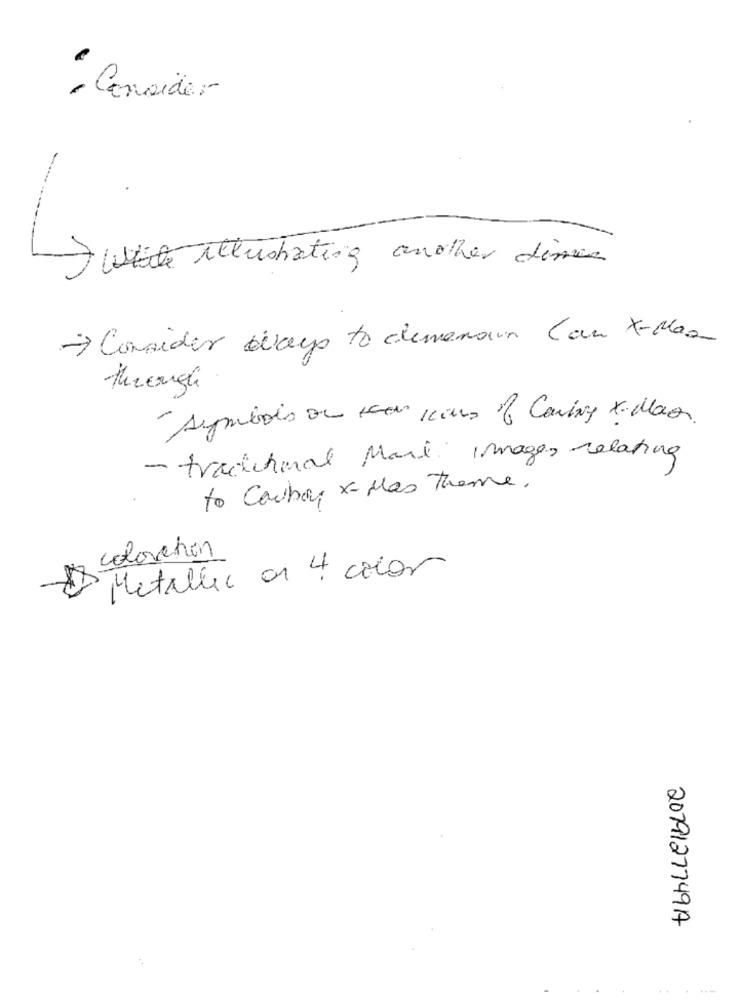
- Consider
Withushating another dime
> Consider days to dimension Can X-Mas
through
-symbols on voor kans of Caring x- Mao.
- traditional Mark Images relating
to Cowboy x- Mas theme.
coloschon
Metallic or 4 colas
2079127749A